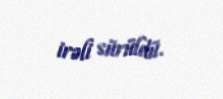
irəli sürüldü.